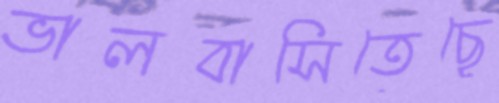
ভালবাসিতেছে